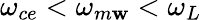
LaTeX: \omega_{ce}<\omega_{m\mathbf{w}}<\omega_{L}